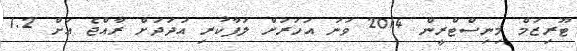
ޓޫރިޒަމް މިނިސްޓްރީން 2014 ވަނަ އަހަރަށް ލަފާކުރި އަދަދަށް ރާއްޖެ އަށް 1.2